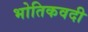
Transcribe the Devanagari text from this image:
भोतिकवदी